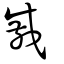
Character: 戚